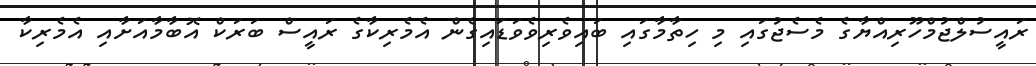
ރައީސުލްޖުމްހޫރިއްޔާގެ މެސެޖުގައި މި ހިތާމާގައި ބައިވެރިވެވަޑައިގެން އެމެރިކާގެ ރައީސް ބަރަކް އޮބާމާއަށާއި އެމެރިކާ